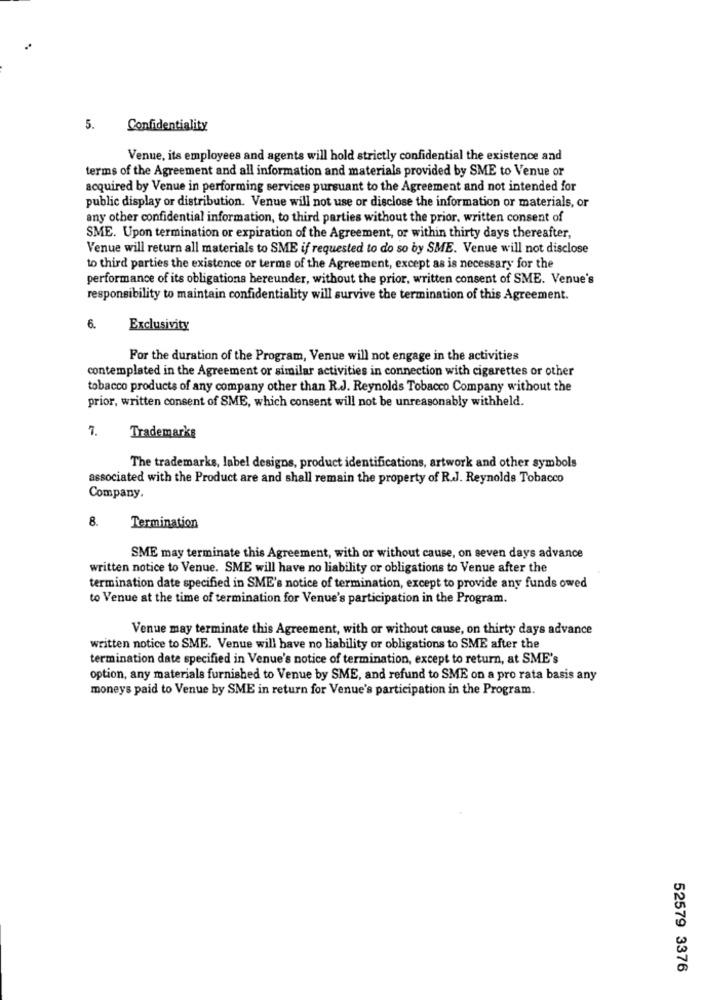
5.
Confidentiality
Venue, its employees and agents will hold strictly confidential the existence and
terms of the Agreement and all information and materials provided by SME to Venue or
acquired by Venue in performing services pursuant to the Agreement and not intended for
public display or distribution. Venue will not use or disclose the information or materials, or
any other confidential information, to third parties without the prior, written consent of
SME. Upon termination or expiration of the Agreement, or within thirty days thereafter,
Venue will return all materials to SME if requested to do so by SME. Venue will not disclose
to third parties the existence or terms of the Agreement, except as is necessary for the
performance of its obligations hereunder, without the prior, written consent of SME. Venue's
responsibility to maintain confidentiality will survive the termination of this Agreement.
6.
Exclusivity
For the duration of the Program, Venue will not engage in the activities
contemplated in the Agreement or similar activities in connection with cigarettes or other
tobacco products of any company other than R.J. Reynolds Tobacco Company without the
prior, written consent of SME, which consent will not be unreasonably withheld.
7.
Trademarks
The trademarks, label designs, product identifications, artwork and other symbols
associated with the Product are and shall remain the property of R.J. Reynolds Tobacco
Company.
8.
Termination
SME may terminate this Agreement, with or without cause, on seven days advance
written notice to Venue. SME will have no liability or obligations to Venue after the
termination date specified in SME's notice of termination, except to provide any funds owed
to Venue at the time of termination for Venue's participation in the Program.
Venue may terminate this Agreement, with or without cause, on thirty days advance
written notice to SME. Venue will have no liability or obligations to SME after the
termination date specified in Venue's notice of termination, except to return, at SME's
option, any materials furnished to Venue by SME, and refund to SME on a pro rata basis any
moneys paid to Venue by SME in return for Venue's participation in the Program.
52579 3376